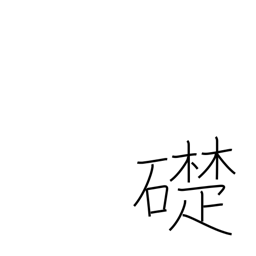
Meaning: cornerstone